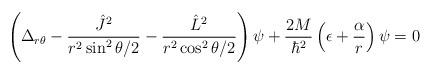
LaTeX: \begin{align*}\left(\Delta_{r \theta}- \frac{{\hat J}^2}{r^2 \sin^2 \theta/2}- \frac{{\hat L}^2}{r^2 \cos^2 \theta/2}\right)\psi +\frac{2M}{\hbar^2}\left(\epsilon + \frac{\alpha}{r}\right)\psi=0\end{align*}